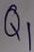
Text: Q1